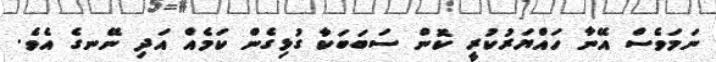
ނަމަވެސް އޭނާ ހައްޔަރުކުރީ ކޮން ސަބަބަކާ ގުޅިގެން ކަމެއް އަދި ނޭނގެ އެވެ.